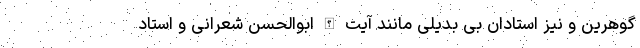
گوهرین و نیز استادان بی بدیلی مانند آیت الله ابوالحسن شعرانی و استاد